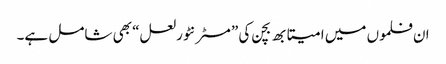
ان فلموں میں امیتابھ بچن کی ”مسٹر نٹورلعل“ بھی شامل ہے۔